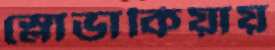
স্লোভাকিয়ায়